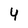
Character: 4